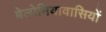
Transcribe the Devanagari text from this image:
बेलोनियावासियों